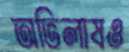
অভিলাষও